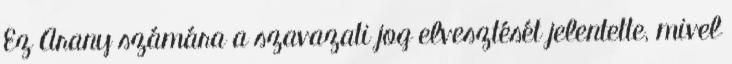
Ez Arany számára a szavazati jog elvesztését jelentette, mivel